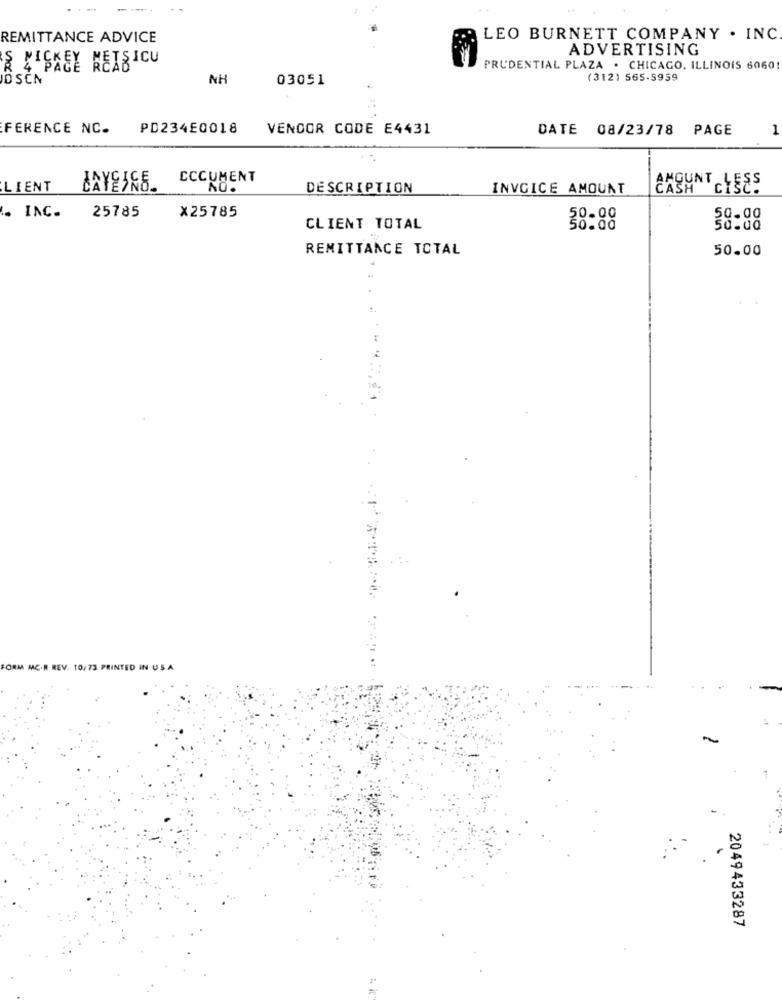
REMITTANCE ADVICE
LEO BURNETT COMPANY . INC
ADVERTISING
S LISKEY MEXSICU
PRUDENTIAL PLAZA . CHICAGO, ILLINOIS 6060
NH
03051
(312) 565-5959
FERENCE NC.
PD234E0018
VENDOR CODE E4431
DATE 08/23/78 PAGE
1
CCCUMENT
LIENT
LAYEINE.
DESCRIPTION
INVOICE AMOUNT
AMOUNT LESS
X25785
. INC.
25785
50.00
CLIENT TOTAL
REMITTANCE TOTAL
50.00
FORM MC.R REV. 10/73 PRINTED IN USA
2049433287